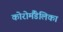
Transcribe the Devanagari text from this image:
कोरोमैंडेलिका